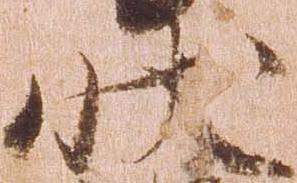
状